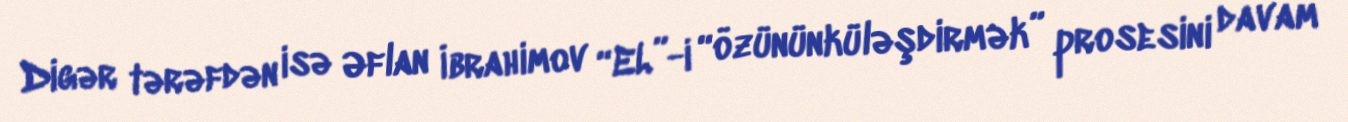
Digər tərəfdən isə Əflan İbrahimov “EL”-i “özününküləşdirmək” prosesini davam